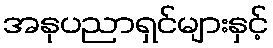
အနုပညာရှင်များနှင့်